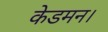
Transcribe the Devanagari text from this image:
केडमन।